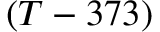
( T - 3 7 3 )